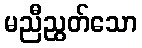
မညီညွတ်သော